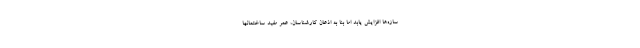
سازه‌ها افزایش یابد اما بنا به اذعان کارشناسان، عمر مفید ساختمانها